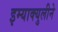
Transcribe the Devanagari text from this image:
इम्‍याक्‍युलीने